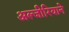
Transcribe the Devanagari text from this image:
अल्जीरियाने